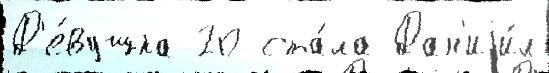
Д'е́вушка 20 ста́ла Дан'иjи́л